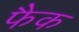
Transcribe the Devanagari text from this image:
फैक